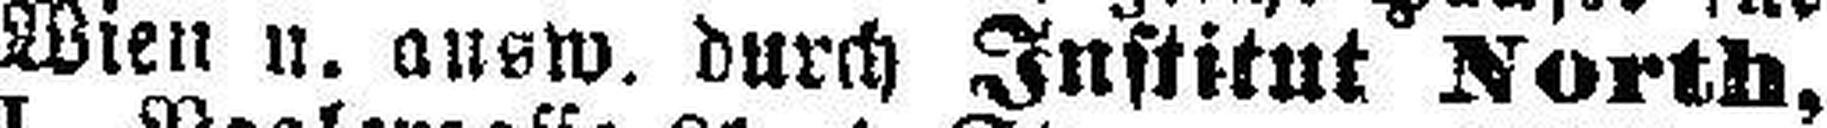
Wien u. ausw. durch Institut North,